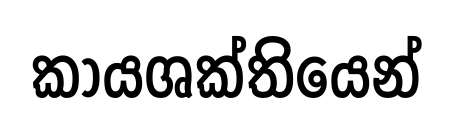
කායශක්තියෙන්